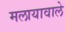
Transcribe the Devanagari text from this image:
मलायावाले